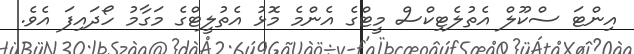
އިންޓަ ސްކޫލް އެތުލެޓިކްސް މީޓްގެ އެންމެ މޮޅު އެތުލީޓްގެ މަގާމު ހޯދައިފަ އެވެ.